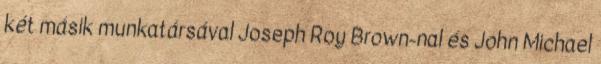
két másik munkatársával Joseph Roy Brown-nal és John Michael